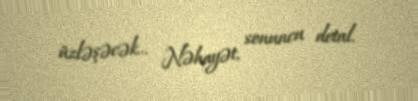
üzləşəcək... Nəhayət, sonuncu detal.